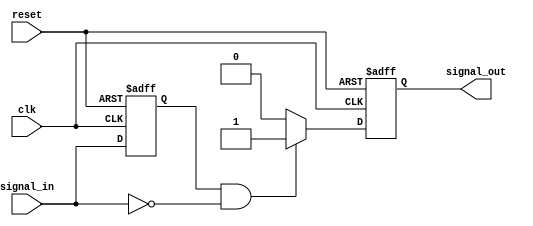
module negative_edge_detector (
    input wire clk,              // Clock input
    input wire signal_in,        // Input signal to monitor
    input wire reset,            // Asynchronous reset
    output reg signal_out        // Output signal indicating negative edge detection
);

    reg previous_state;          // Register to hold the previous state of signal_in

    // On each rising edge of the clock or reset, update previous_state and detect edges
    always @(posedge clk or posedge reset) begin
        if (reset) begin
            previous_state <= 1'b0; // Reset previous_state
            signal_out <= 1'b0;      // Reset output signal
        end else begin
            // Edge detection logic
            if (previous_state == 1'b1 && signal_in == 1'b0) begin
                signal_out <= 1'b1; // Negative edge detected, set output high
            end else begin
                signal_out <= 1'b0; // No edge detected, set output low
            end
            
            // Update previous_state for the next cycle
            previous_state <= signal_in;
        end
    end

endmodule